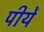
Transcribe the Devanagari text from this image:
पीयें